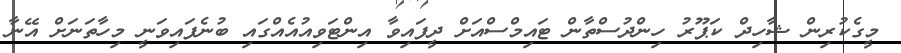
މީގެކުރިން ޝާހިދް ކަޕޫރު ހިންދުސްތާން ޓައިމްސްއަށް ދީފައިވާ އިންޓަވިއުއެއްގައި ބުނެފައިވަނީ މިހާތަނަށް އޭނާ